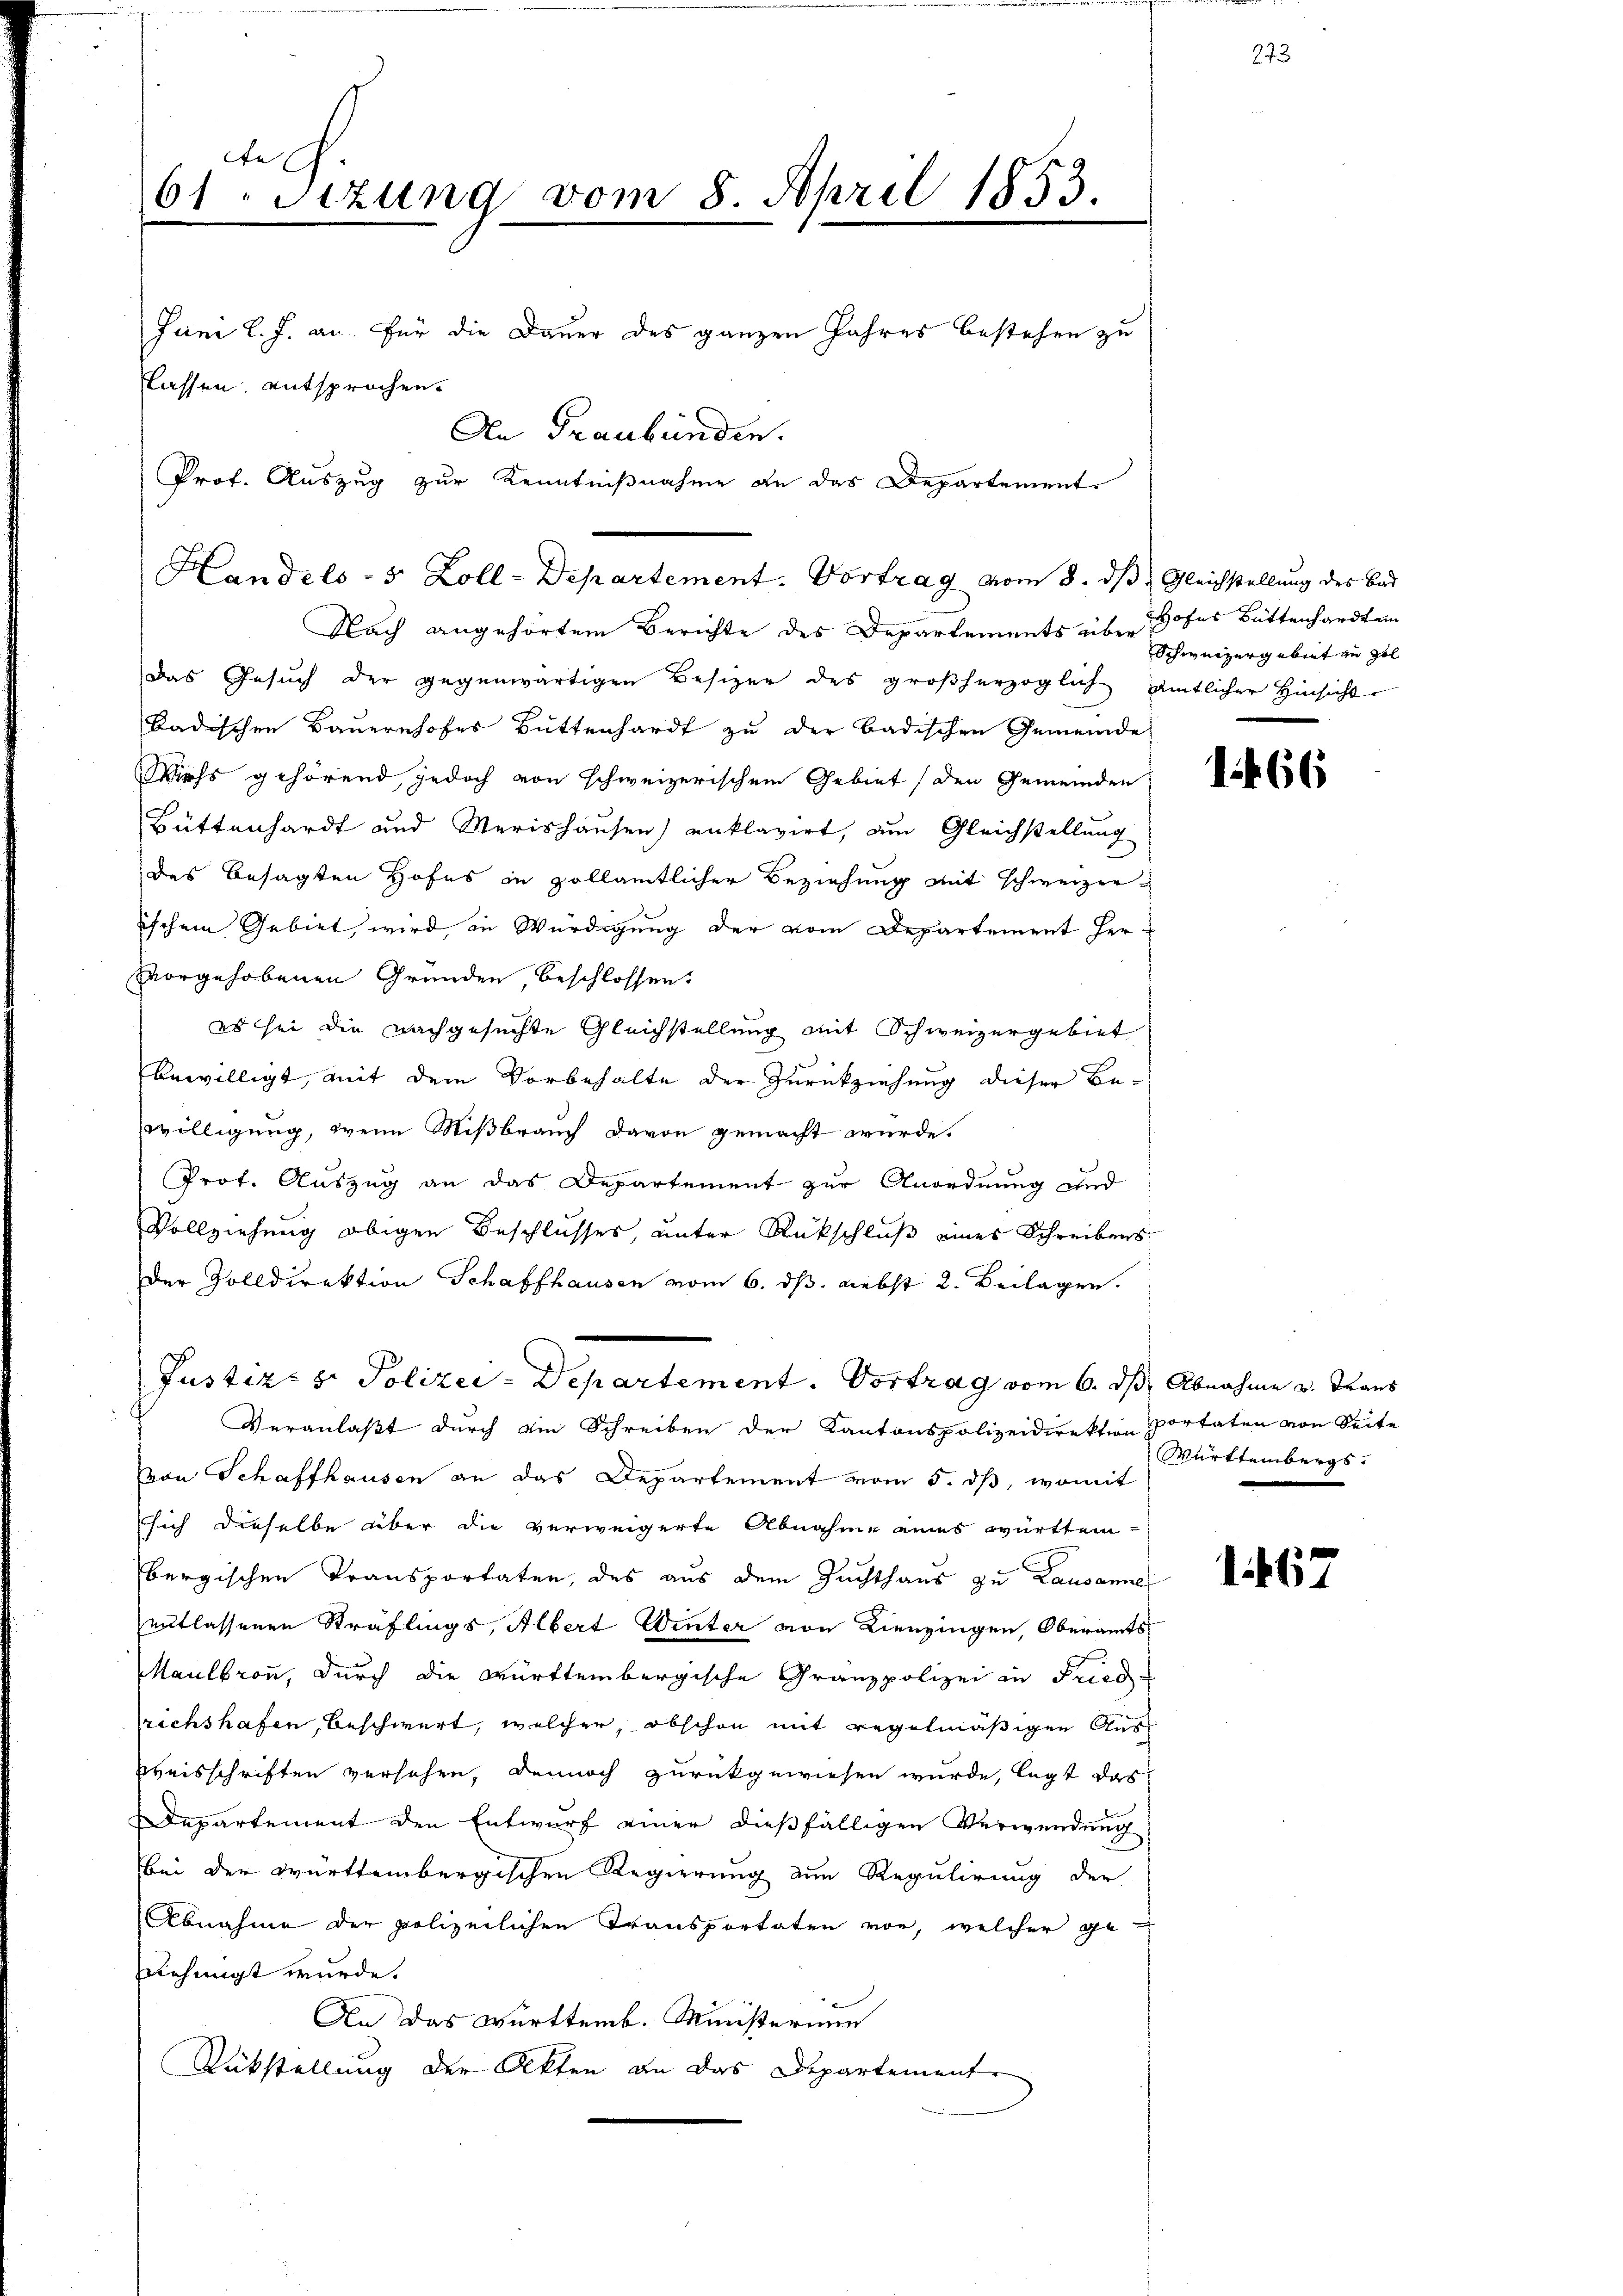
cte
61 Sizung vom 8. April 1853.
Juni l. J. an, für die Dauer des ganzen Jahres bestehen zu
lassen. entsprochen.
An Graubünden.
Prof. Auszug zur Kenntnißnahme an das Departement
Handels- 5 Zoll-Departement. Vortrag vom 8. ds. Gleichstellung des Bad

Das Gesuch der gegenwärtigen Besizer des großherzoglich amtlicher Hinsicht
Badischen Bauernhofes Büttenhardt zu der badischen Gemeinde
Wichs gehörend, jedoch von schweizerischem Gebiet (den Gemeinden
Büttenhardt und Merishausen) enklagirt, am Gleichstellung
des besagten Hofes in zollämtlicher Beziehung mit schweizerischen Gebiet, wird in Würdigung der vom Departement Her-
vorgehobenen Gründen beschlossen:
es sei die nachgesuchte Gleichstellung mit Schweizergebiet
bewilligt, mit dem Vorbehalte der Zurückziehung dieser Be-
willigung, wenn Mißbrauch davon gemacht wurde.
Prot. Auszug an das Departement zur Anordnung und
Vollziehung obigen Beschlusses, unter Rückschluß eines Schreibens
Der Volldirektion Schaffhausen vom 6. ds. nebst 2. Beilagen.
Justiz- & Polizei-Departement. Vortrag vom 6. ds Abnahme v. Trans
Veranlaßt durch ein Schreiben der Kantonspolizeidirektion portaten von Seite
von Schaffhausen an das Departement vom 5. dß, womit
sich dieselbe über die verweigerte Abnahme eines württem-
bergischen Transportaten, des aus dem Zuchthaus zu Lausanne
entlassenen Sträflings, Albert Winter von Lienzingen, Oberamts¬
Maulbron, durch die württembergische Granzpolizei in Fried-
richshafen, beschwert, welcher, obschon mit regelmäßigen Aus¬
Zeisschriften versehen, dennoch zurückgewiesen wurde, legt das
Departement den Entwurf einer dießfälligen Verwendung
bei der württembergischen Regierung ein Regulirung der
Abnahme der polizeilichen Transportaten vor, welcher genehmigt wurde.
An das Württemb. Ministerium
Rükstellung der Akten an das Departement

Nach angehörtem Berichte des Departements über hohes Bittenhardt ein

Schweizergebiet zu Zol

1466

Württembergs.

1467